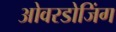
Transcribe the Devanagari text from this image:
ओवरडोजिंग